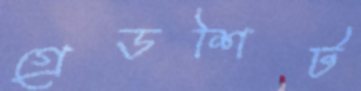
গ্রেডশিট